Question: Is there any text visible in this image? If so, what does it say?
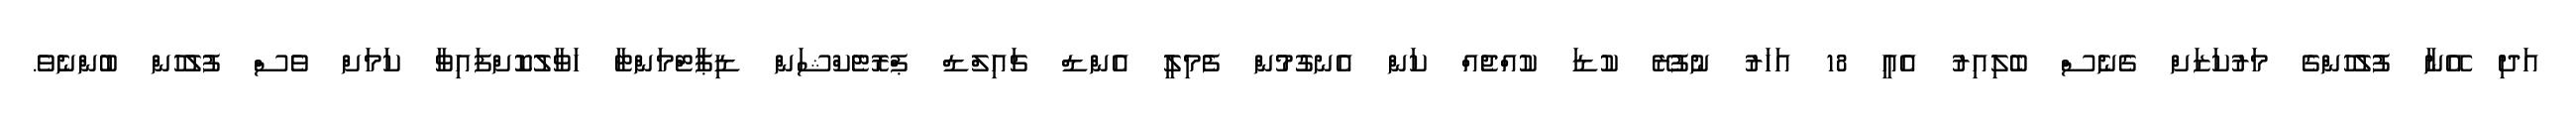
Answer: އަދި އޭނާ ފުލުހުންގެ މަރުކަޒަށް ގެނެސް ބެލިއިރު އެއީ 18 އަހަރު ނުފުރޭ ކުޑަ ކުއްޖެއް ކަން އެނގުމުން ފެމިލީ އެންޑް ޗައިލްޑް ޕްރޮޓެކްޝަން ޑިޕާޓްމަންޓާ ހަވާލުކޮށްފައިވާ ކަމަށް ވެސް ފުލުހުން ބުންނެވެ.